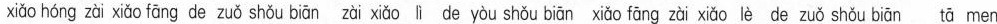
xiǎo hóng zài xiǎo fāng de zuǒ shǒu bīān zài xiǎo lì de yòu shǒu biān xiǎo fāng zài xiǎo lè de zuǒ shǒu biān tā men